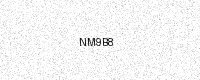
Text: NM9B8